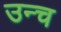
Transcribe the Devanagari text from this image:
उन्च